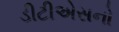
ડીટીએસનો